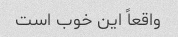
واقعاً این خوب است